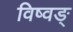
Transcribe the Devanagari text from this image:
विष्वङ्